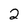
Character: 2